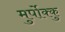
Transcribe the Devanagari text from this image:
मुर्पोक्कु